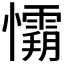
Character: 𭟘